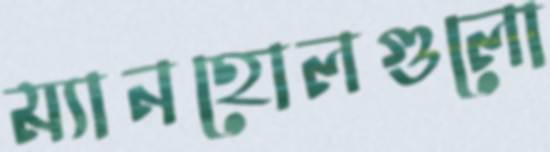
ম্যানহোলগুলো